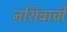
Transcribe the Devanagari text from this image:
नशिबाची